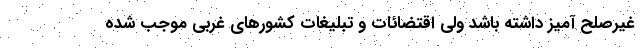
غیرصلح‌ آمیز داشته باشد ولی اقتضائات و تبلیغات کشورهای غربی موجب شده